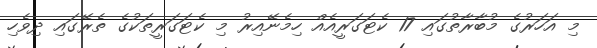
މި އަހަރުގެ މުބާރާތުގައި 17 ކެޓަގަރީއެއް ހިމެނޭއިރު މި ކެޓަގަރީތަކުގެ ތެރޭގައި ދިވެހި